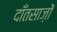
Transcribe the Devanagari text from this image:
दाँतसाज़ों